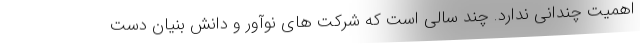
اهمیت چندانی ندارد. چند سالی است که شرکت­ های نوآور و دانش بنیان دست